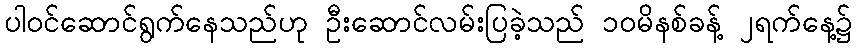
ပါဝင်ဆောင်ရွက်နေသည်ဟု ဦးဆောင်လမ်းပြခဲ့သည် ၁၀မိနစ်ခန့် ၂ရက်နေ့၌